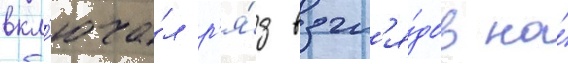
вкл'юча́л р'я́д взгл'я́дов на́